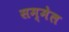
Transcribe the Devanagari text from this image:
सम्‍मेल